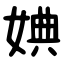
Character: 婰